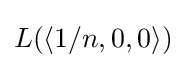
L(\langle 1/n,0,0\rangle )